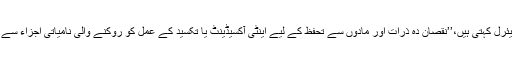
جلدی امراض کی ماہر پروفیسر کرسٹیانے بیئرل کہتی ہیں،’’نقصان دہ ذرات اور مادوں سے تحفظ کے لیے اینٹی آکسیڈینٹ یا تکسید کے عمل کو روکنے والی نامیاتی اجزاء سے بھرپور غذا کا استعمال نہایت ضروری ہے۔